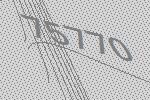
75770